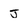
Character: J